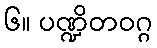
၆။ ပဏ္ဍိတဝဂ္ဂ